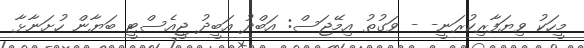
މީހަކު ވިޔަފާރިކުރަނީ- - ވަގުތު އިމޭޖަސް: އަބްދު އަބީދު ޖީއެސްޓީ ބަޔާން ހުށަނާޅާ